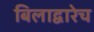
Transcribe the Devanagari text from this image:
बिलाद्वारेच